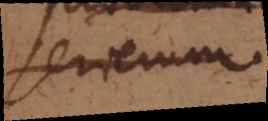
serierum.